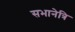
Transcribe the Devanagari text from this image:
सभानेत्रि